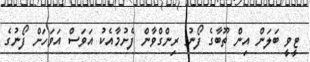
ޓީވީ ބަލަން އިން ތޫބާގެ ފޯނު ރިންގްވާން ފެށުމާއެކު އަވަސް އަވަހަށް ފޯނުގެ